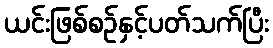
ယင်းဖြစ်စဉ်နှင့်ပတ်သက်ပြီး